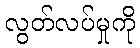
လွတ်လပ်မှုကို